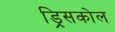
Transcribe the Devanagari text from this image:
ड्रिसकोल